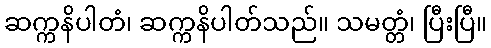
ဆက္ကနိပါတံ၊ ဆက္ကနိပါတ်သည်။ သမတ္တံ၊ ပြီးပြီ။